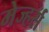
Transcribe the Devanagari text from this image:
मेज्हर्स